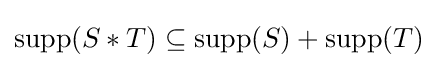
\operatorname {supp} (S\ast T)\subseteq \operatorname {supp} (S)+\operatorname {supp} (T)